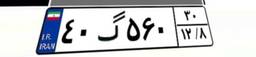
۴۰گ۵۶۰۳۰